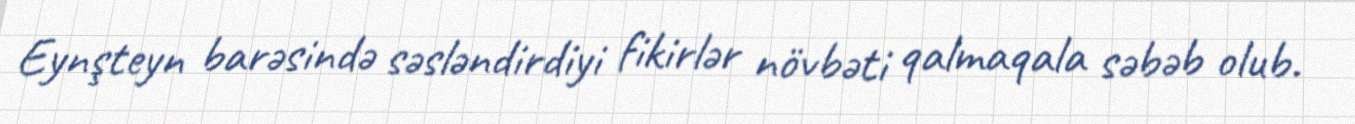
Eynşteyn barəsində səsləndirdiyi fikirlər növbəti qalmaqala səbəb olub.